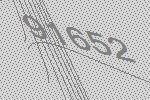
91652